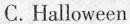
C.Halloween